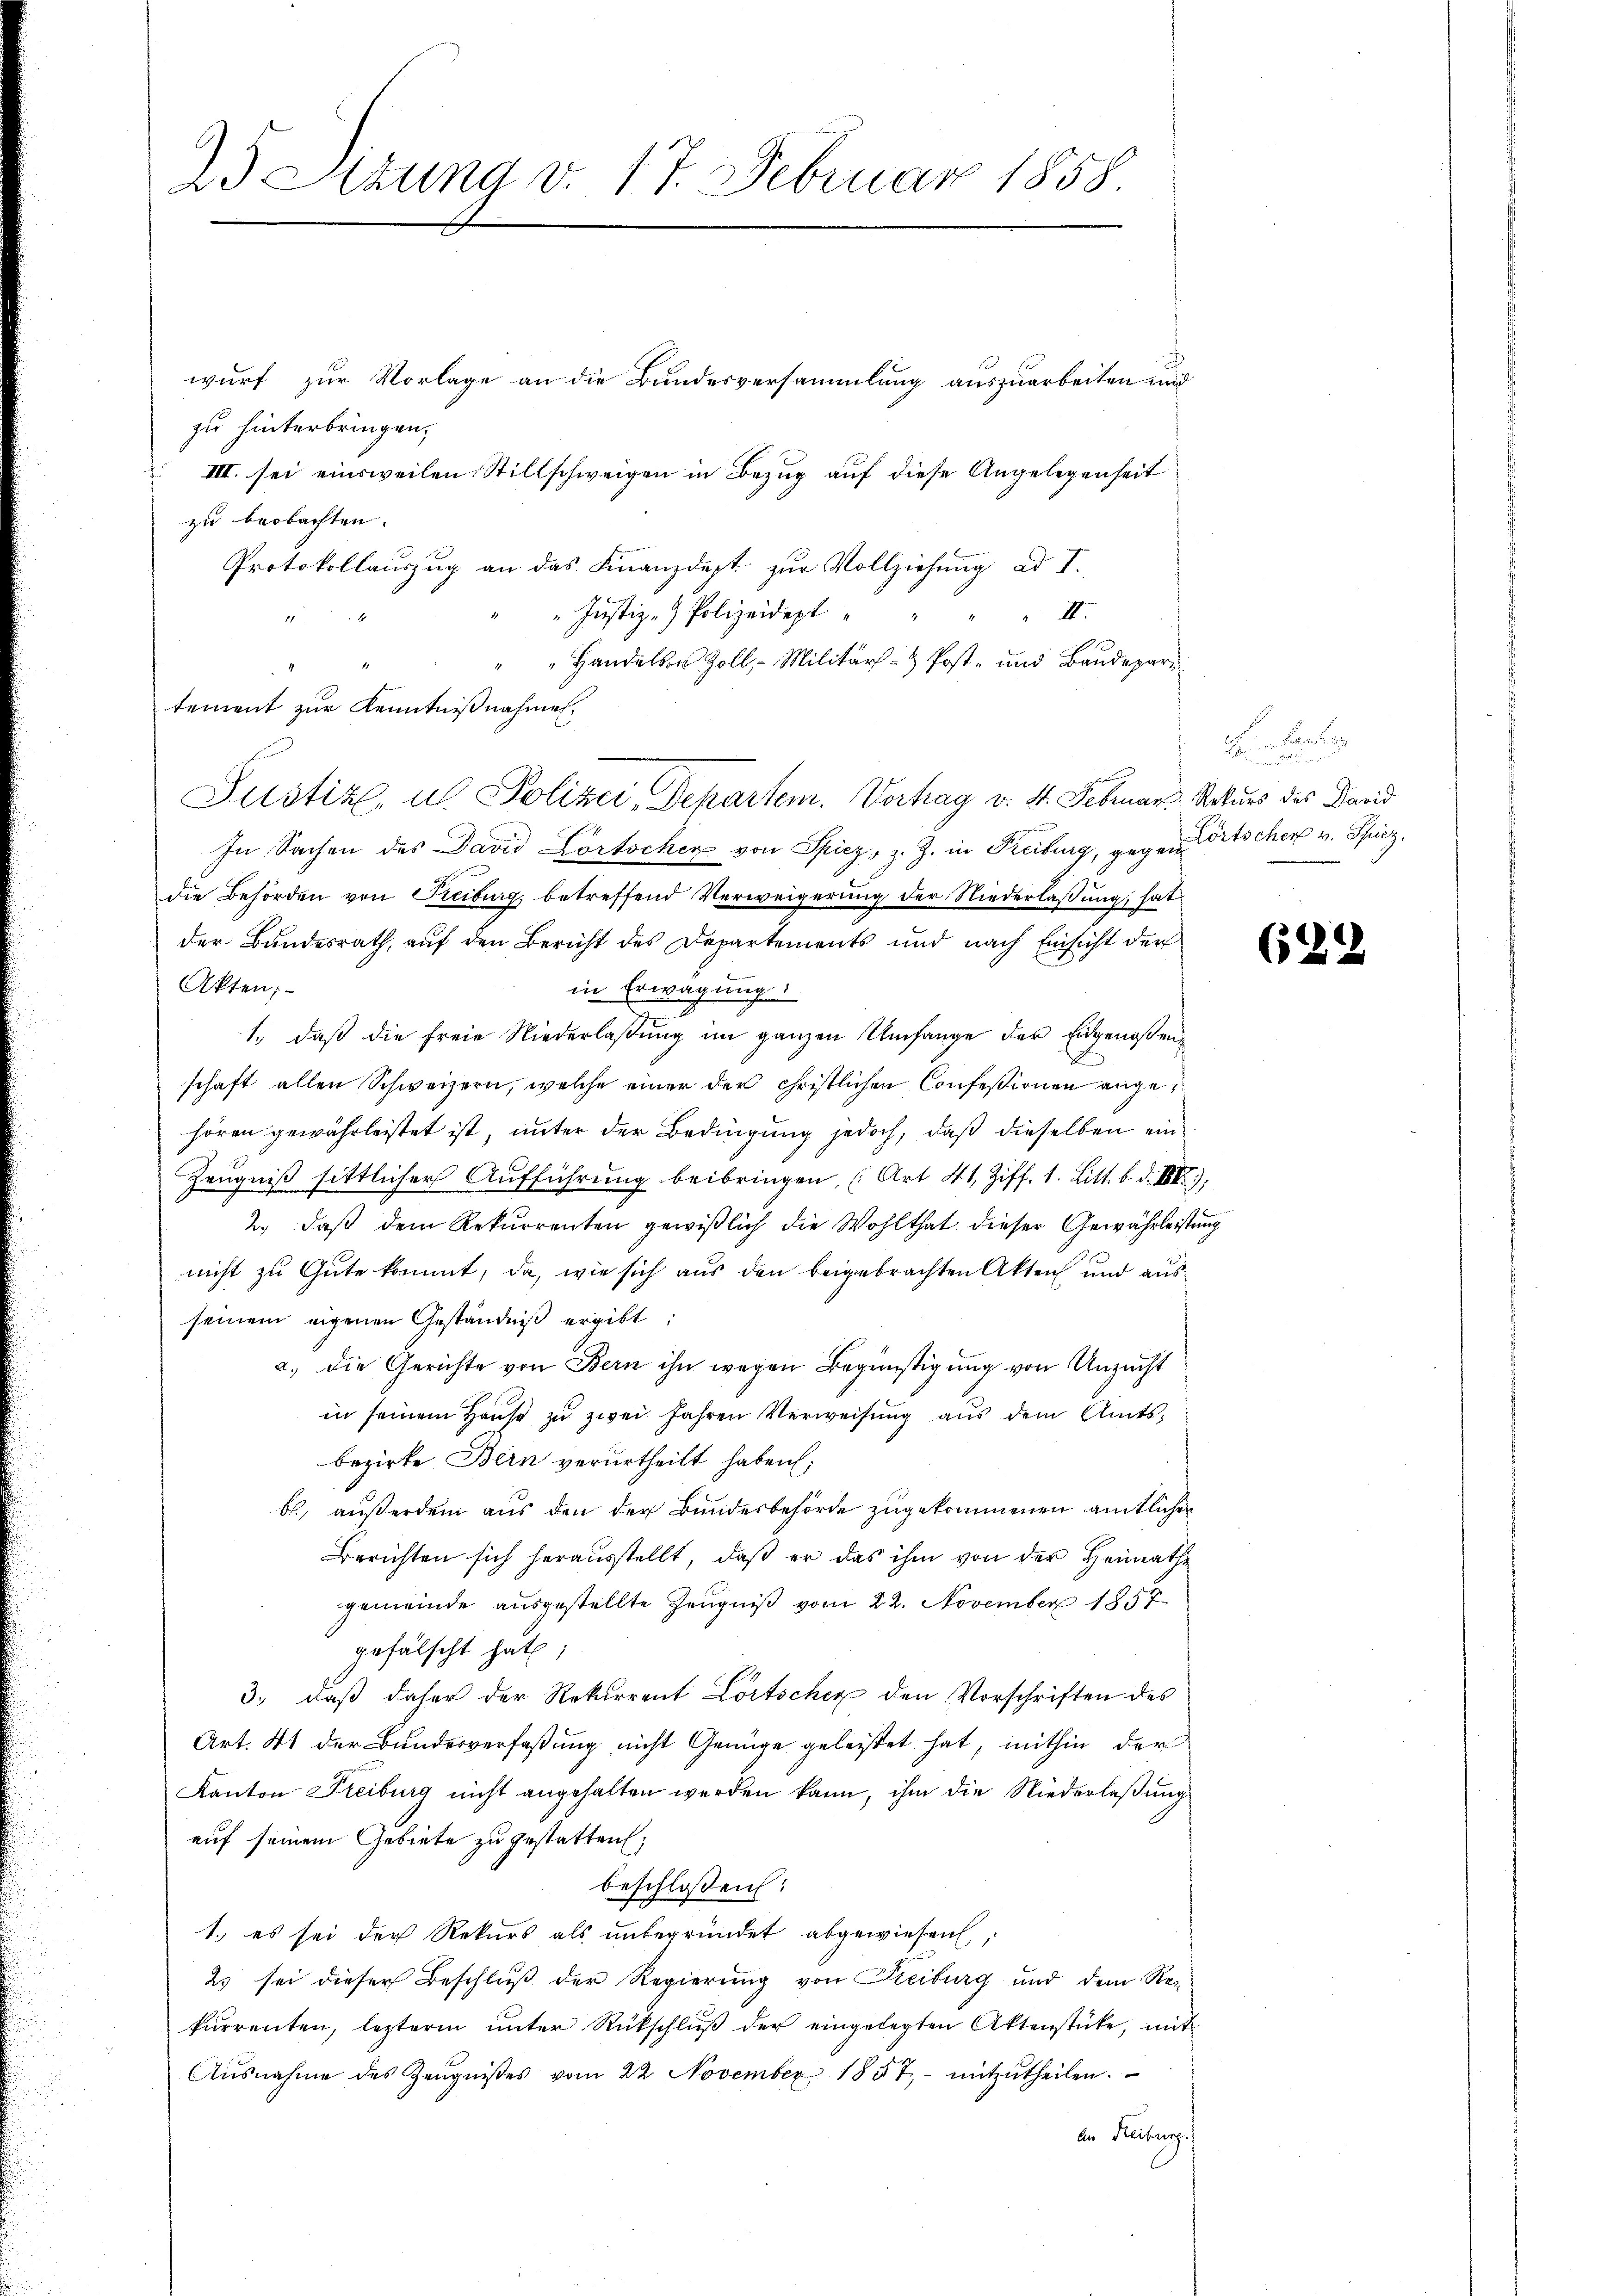
23 Situng v. 17. Februar 1858.

wurf zur Vorlage an die Bundesversammlung auszuarbeiten und
zu hinterbringen.
III. sei einsweilen Stillschweigen in Bezug auf diese Angelegenheit
zu beobachten.
Protokollauszug an das Finanzdept zur Vollziehung ad I.
II.
"Justiz- & Polizeidept
x
Handelben Zoll, - Militärs- & Post- und Baudepari
In Sachen des David Portocher von Spiez, z. Z. in Freiburg, gegen Ortscher v. Spiez.
die Behörden von Freiburg, betreffend Verweigerung der Niederlaßung hat
der Bundesrath, auf den Bericht des Departements und nach Einsicht der
Akten;
in Erwägung
1., daß die freie Niederlaßung im ganzen Umfange der Eidgenoßen
1
schaft allen Schweizern, welche einer der christlichen Confessionen angehören gewährleistet ist, unter der Bedingung jedoch, daß dieselben ein¬
Zeŭgniβ sittlicher Aŭfführŭng beibringen, (Art. 41, Ziff. 1. Litt. b. d. III).
2.) daß dem Rekurrenten gewißlich die Wohlthat dieser Gewährleistung
nicht zu Gute kommt, da, wie sich aus den beigebrachten Akten und aus
seinem eigenen Geständniß ergibt:
a) die Gerichte von Bern ihn wegen Begünstigung von Unzucht
in seinem Haŭse zŭ zwei Jahren Verweisŭng aŭs dem Amts-
bezirke Bern verurtheilt haben;
b., außerdem aus den der Bundesbehörde zugekommenen amtlichen
Berichten sich herausstellt, daß er das ihm von der Heimathe
gemeinde ausgestellte Zeugniß vom 22. November 1857
gefälscht hat;
3.) daß daher der Rekurrent Lortscher den Vorschriften des
Art. 41 der Bundesverfaßung nicht Genüge geleistet hat, mithin der
Kanton Freiburg nicht angehalten werden kann, ihm die Niederlaßung
auf seinem Gebiete zu gestatten;
beschlossen:
1.) es sei der Rekurs als unbegründet abgewiesen,
25 sei dieser Beschluß der Regierung von Freiburg und dem Ren
kŭrrenten, lezterm ŭnter Rückschlŭβ der eingelegten Aktenstücke, mit
Aŭsnahme des Zeŭgniβes vom 22 November 1857 mitzŭtheilen.
An Freiburg.

tement zur Kenntnißnahmen.
Justiz, u. Polizei, Departem. Vorhag v. 4. Februar Naturs des Danid

u

629